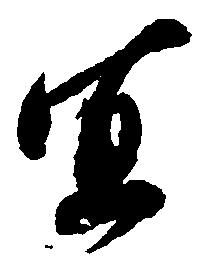
宜